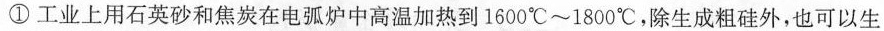
①工业上用石英砂和焦炭在电弧炉中高温加热到1600℃~1800℃，除生成粗硅外，也可以生